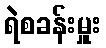
ရဲစခန်းမှူး